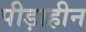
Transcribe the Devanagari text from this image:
पीड़ाहीन